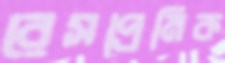
রেসপ্রেমিক